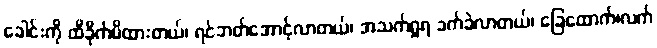
ခေါင်းကို ထိခိုက်မိထားတယ်၊ ရင်ဘတ်အောင့်လာတယ်၊ အသက်ရှုရ ခက်ခဲလာတယ်၊ ခြေထောက်၊လက်